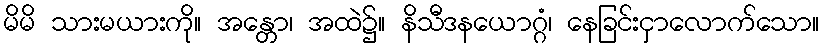
မိမိ သားမယားကို။ အန္တော၊ အထဲ၌။ နိသီဒနယောဂ္ဂံ၊ နေခြင်းငှာလောက်သော။